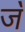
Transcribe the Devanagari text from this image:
ज॓